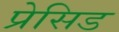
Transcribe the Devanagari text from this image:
प्रेसिड